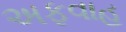
અફવાહ